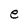
Character: e